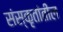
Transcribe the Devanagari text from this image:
संस्कृतांतील